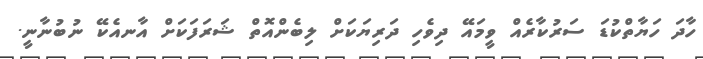
ހާދަ ހަޔާތްކުޑަ ސަރުކާރެއް ވީމައޭ ދިވެހި ދަރިޔަކަށް ލިބެންއޮތް ޝަރަފަކަށް އާނއެކޭ ނުބުނާނީ.